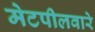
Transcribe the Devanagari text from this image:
मेटपीलवारे